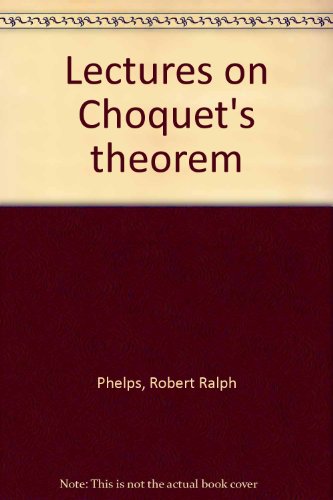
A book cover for Lectures on Choquet's Theorem; Robert R. Phelps; Science & Math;